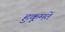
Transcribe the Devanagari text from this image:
हुकूमतें